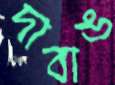
দাবাঙ